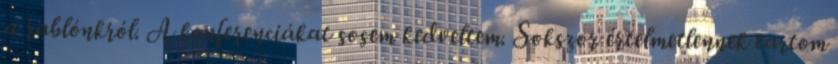
a rablónkról. A konferenciákat sosem kedveltem. Sokszor értelmetlennek tartom